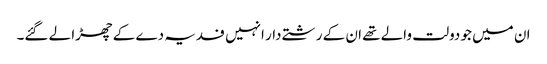
ان میں جو دولت والے تھے ان کے رشتے دار انہیں فدیہ دے کے چھڑا لے گئے۔